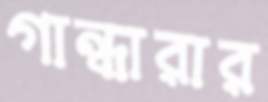
গান্ধারার